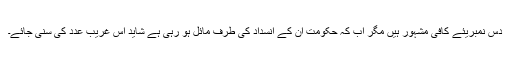
دس نمبریئے کافی مشہور ہیں مگر اب کہ حکومت ان کے انسداد کی طرف مائل ہو رہی ہے شاید اس غریب عدد کی سنی جائے۔